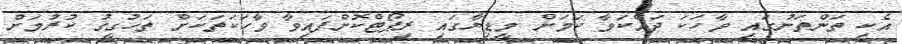
އެކި ތަންތަނުގައި ވާހަކަ ދައްކަވާ ކަމަށް މީޑިޔާގައި ރިޕޯޓްކޮށްފައިވާ ވާހަކަތަކަށް ތަހުގީގު ކުރުމަށް